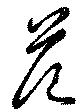
危